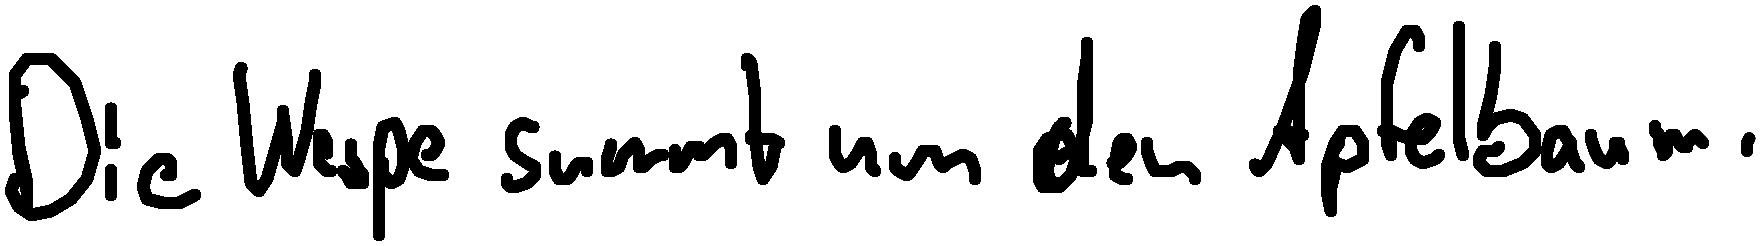
Die Wespe summt um den Apfelbaum.